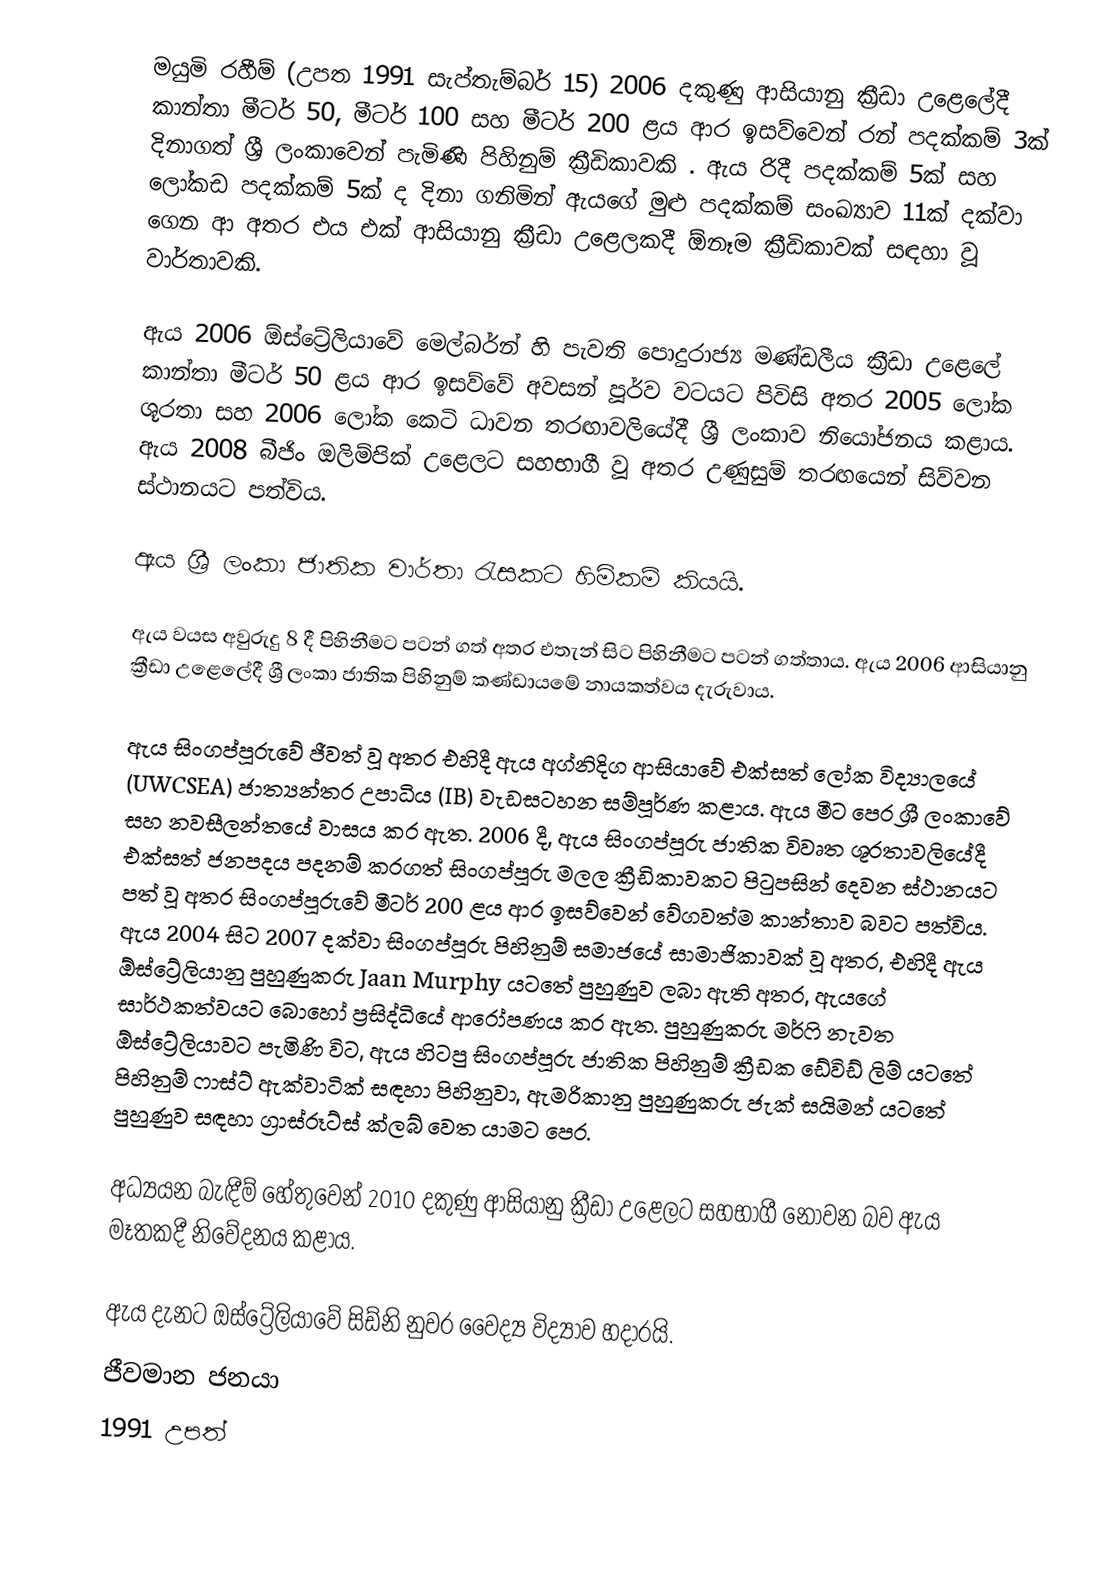
මයුමි රහීම් (උපත 1991 සැප්තැම්බර් 15) 2006 දකුණු ආසියානු ක්‍රීඩා උළෙලේදී කාන්තා මීටර් 50, මීටර් 100 සහ මීටර් 200 ළය ආර ඉසව්වෙන් රන් පදක්කම් 3ක් දිනාගත් ශ්‍රී ලංකාවෙන් පැමිණි පිහිනුම් ක්‍රීඩිකාවකි . ඇය රිදී පදක්කම් 5ක් සහ ලෝකඩ පදක්කම් 5ක් ද දිනා ගනිමින් ඇයගේ මුළු පදක්කම් සංඛ්‍යාව 11ක් දක්වා ගෙන ආ අතර එය එක් ආසියානු ක්‍රීඩා උළෙලකදී ඕනෑම ක්‍රීඩිකාවක් සඳහා වූ වාර්තාවකි.

ඇය 2006 ඕස්ට්‍රේලියාවේ මෙල්බර්න් හි පැවති පොදුරාජ්‍ය මණ්ඩලීය ක්‍රීඩා උළෙලේ කාන්තා මීටර් 50 ළය ආර ඉසව්වේ අවසන් පූර්ව වටයට පිවිසි අතර 2005 ලෝක ශූරතා සහ 2006 ලෝක කෙටි ධාවන තරඟාවලියේදී ශ්‍රී ලංකාව නියෝජනය කළාය. ඇය 2008 බීජිං ඔලිම්පික් උළෙලට සහභාගී වූ අතර උණුසුම් තරඟයෙන් සිව්වන ස්ථානයට පත්විය.

ඇය ශ්‍රී ලංකා ජාතික වාර්තා රැසකට හිමිකම් කියයි.

ඇය වයස අවුරුදු 8 දී පිහිනීමට පටන් ගත් අතර එතැන් සිට පිහිනීමට පටන් ගත්තාය. ඇය 2006 ආසියානු ක්‍රීඩා උළෙලේදී ශ්‍රී ලංකා ජාතික පිහිනුම් කණ්ඩායමේ නායකත්වය දැරුවාය.

ඇය සිංගප්පූරුවේ ජීවත් වූ අතර එහිදී ඇය අග්නිදිග ආසියාවේ එක්සත් ලෝක විද්‍යාලයේ (UWCSEA) ජාත්‍යන්තර උපාධිය (IB) වැඩසටහන සම්පූර්ණ කළාය. ඇය මීට පෙර ශ්‍රී ලංකාවේ සහ නවසීලන්තයේ වාසය කර ඇත. 2006 දී, ඇය සිංගප්පූරු ජාතික විවෘත ශූරතාවලියේදී එක්සත් ජනපදය පදනම් කරගත් සිංගප්පූරු මලල ක්‍රීඩිකාවකට පිටුපසින් දෙවන ස්ථානයට පත් වූ අතර සිංගප්පූරුවේ මීටර් 200 ළය ආර ඉසව්වෙන් වේගවත්ම කාන්තාව බවට පත්විය. ඇය 2004 සිට 2007 දක්වා සිංගප්පූරු පිහිනුම් සමාජයේ සාමාජිකාවක් වූ අතර, එහිදී ඇය ඕස්ට්‍රේලියානු පුහුණුකරු Jaan Murphy යටතේ පුහුණුව ලබා ඇති අතර, ඇයගේ සාර්ථකත්වයට බොහෝ ප්‍රසිද්ධියේ ආරෝපණය කර ඇත. පුහුණුකරු මර්ෆි නැවත ඕස්ට්‍රේලියාවට පැමිණි විට, ඇය හිටපු සිංගප්පූරු ජාතික පිහිනුම් ක්‍රීඩක ඩේවිඩ් ලිම් යටතේ පිහිනුම් ෆාස්ට් ඇක්වාටික් සඳහා පිහිනුවා, ඇමරිකානු පුහුණුකරු ජැක් සයිමන් යටතේ පුහුණුව සඳහා ග්‍රාස්රූට්ස් ක්ලබ් වෙත යාමට පෙර.

අධ්‍යයන බැඳීම් හේතුවෙන් 2010 දකුණු ආසියානු ක්‍රීඩා උළෙලට සහභාගී නොවන බව ඇය මෑතකදී නිවේදනය කළාය.

ඇය දැනට ඔස්ට්‍රේලියාවේ සිඩ්නි නුවර වෛද්‍ය විද්‍යාව හදාරයි.
ජීවමාන ජනයා
1991 උපත්